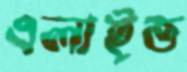
এলাইত